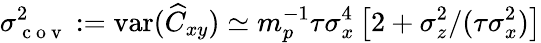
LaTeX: \sigma_{\mathrm{~c~o~v~}}^{2}:=\mathrm{var}(\widehat{C}_{xy})\simeq m_{p}^{-1}\tau\sigma_{x}^{4}\left[2+\sigma_{z}^{2}/(\tau\sigma_{x}^{2})\right]